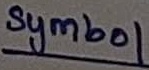
Text: symbol